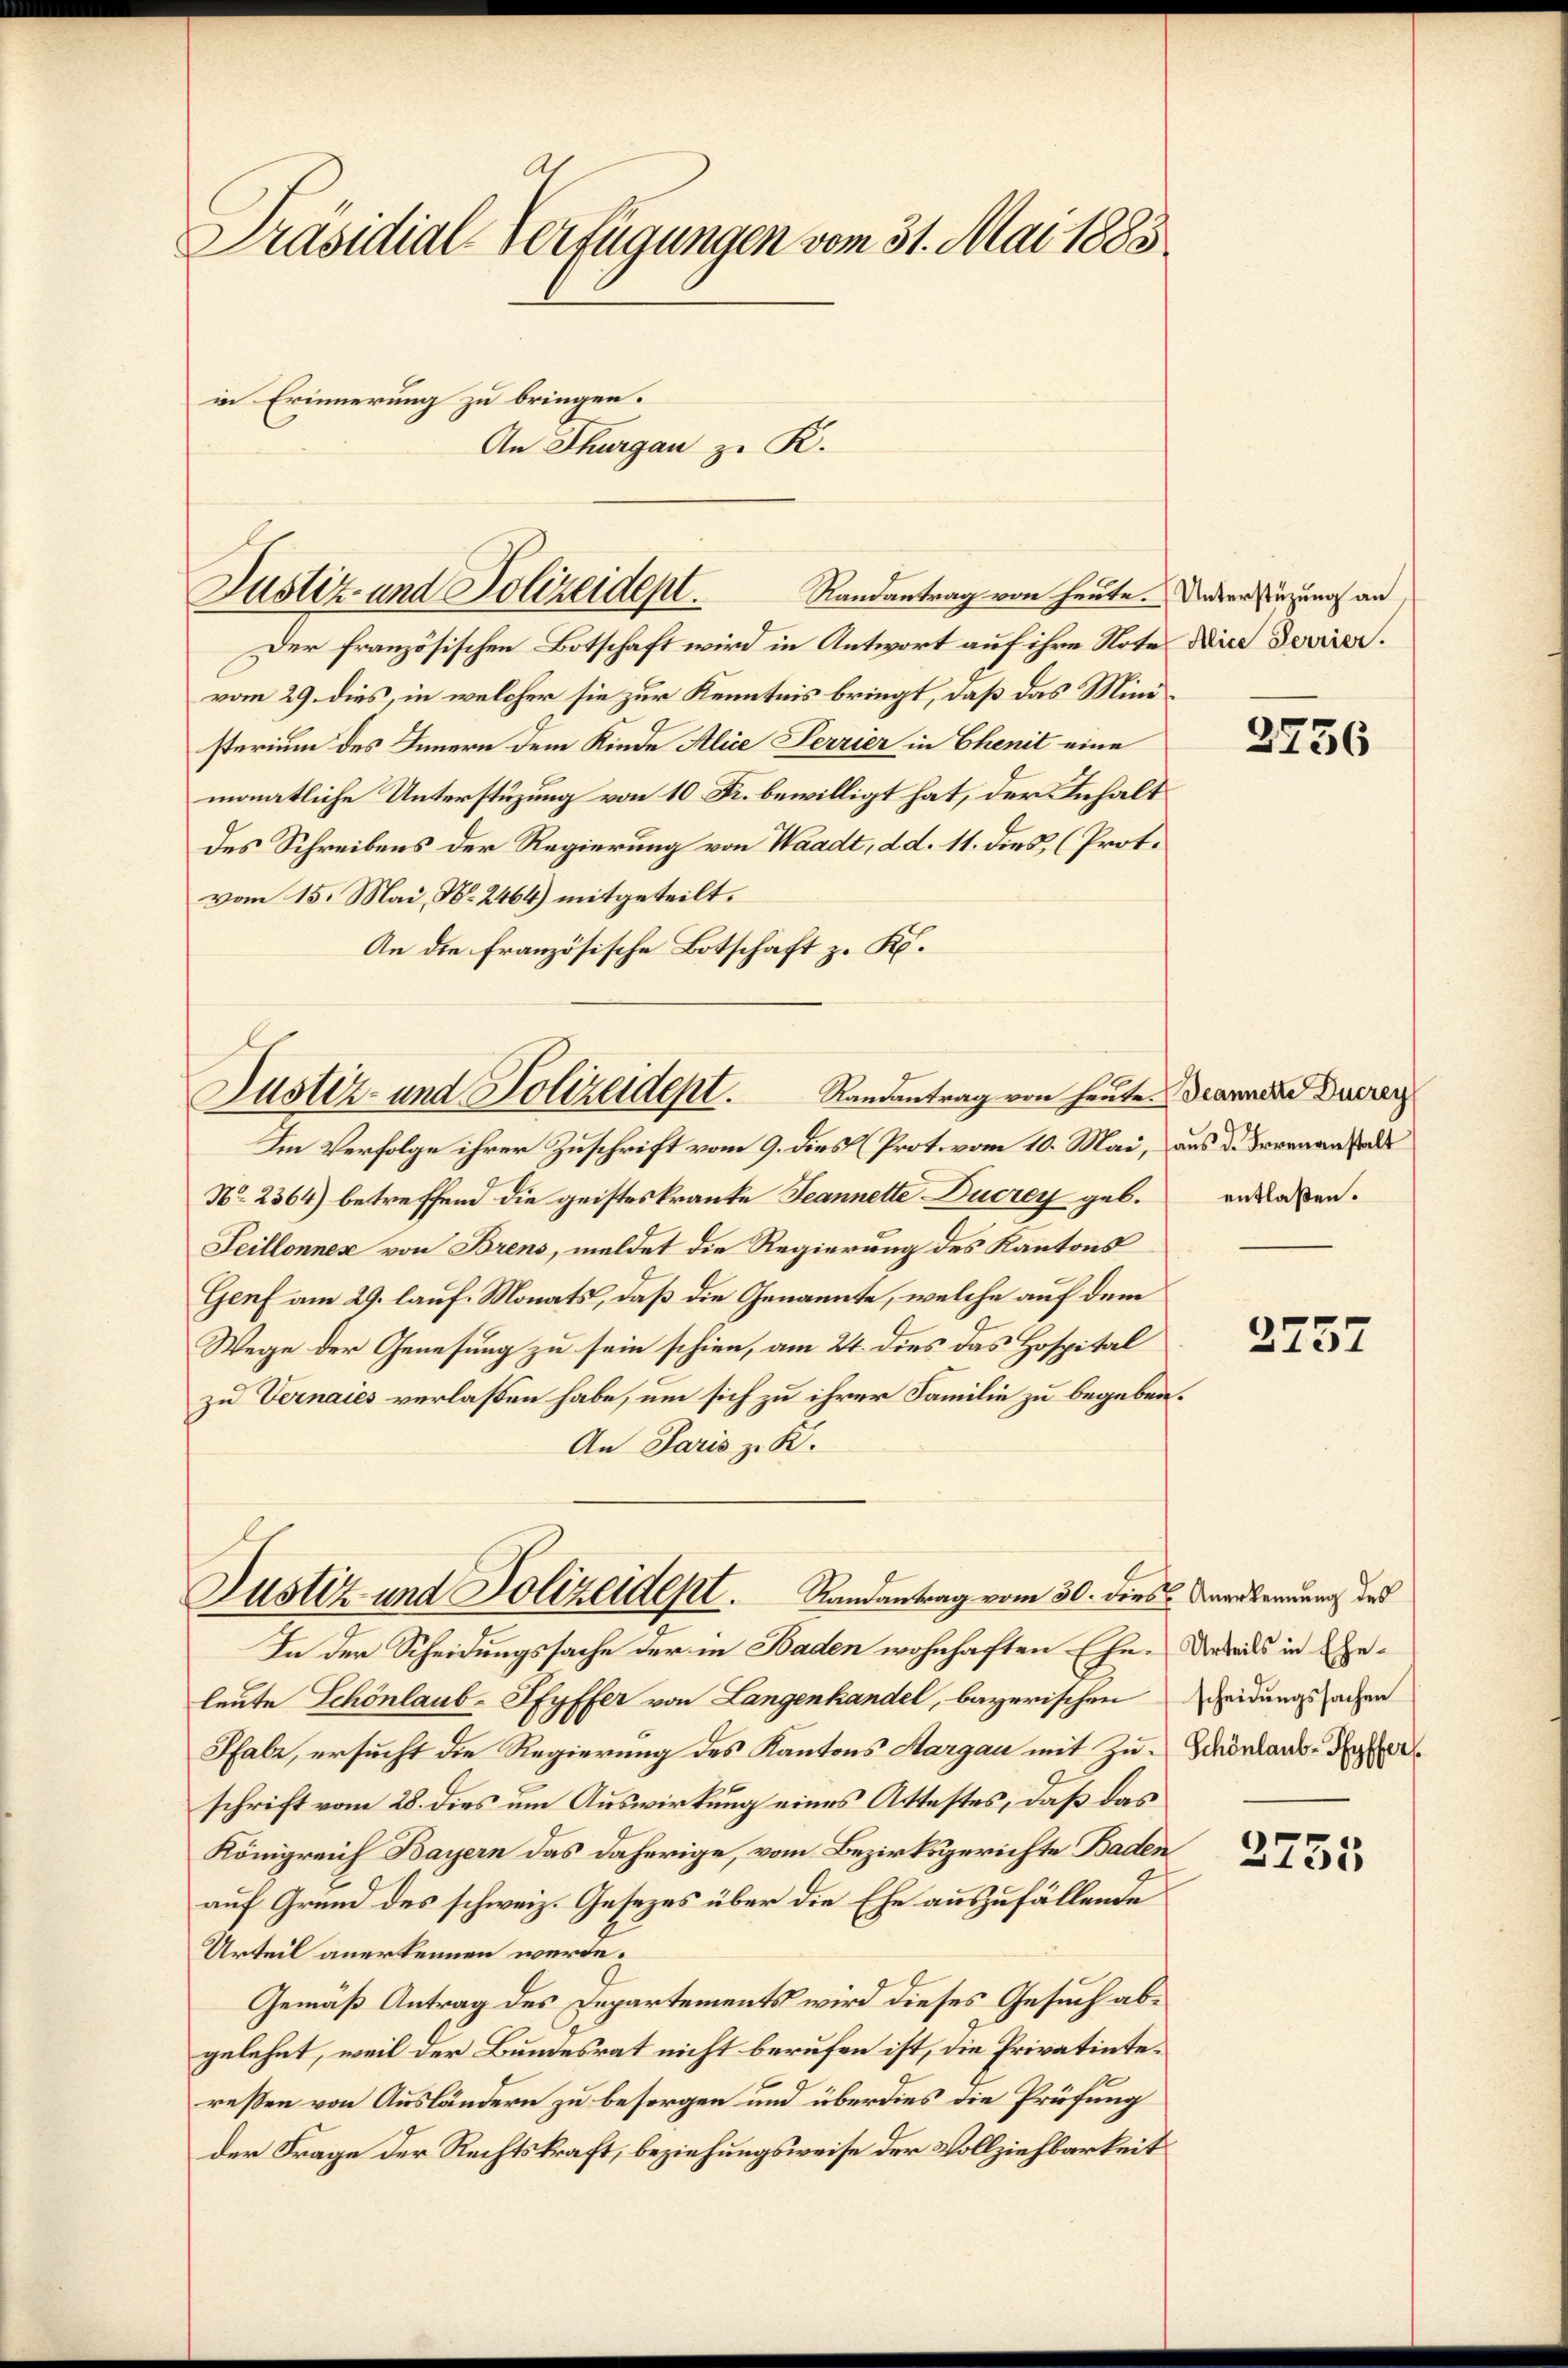
Al
Präsidial-Verfügungen vom 31. Mai 1883
in Erinnerung zu bringen.
An Thurgau zu R.

Justiz- und Polizeidept.

Randantrag von heute. Unterstüzung an
Der französischen Botschaft wird in Antwort auf ihre Note die Dovirer.
vom 29. dies, in welcher sie zur Kenntnis bringt, daß das Ministerium des Innern dem Kinde Alice Perrier in Chenit eine
monatliche Unterstüzung von 10 Fr. bewilligt hat, der Inhalt
des Schreibens der Regierung von Waadt, d. d. 11. dies, (Prot.
vom 15. Mai, No. 2464) mitgeteilt.
An die französische Botschaft z. K.

Justiz- und Polizeidept.

Justiz- und Polizeidept. Randantrag vom 30. dies Verkennung des
In der Scheidungssache der in Baden wohnhaften Ehe. Details in Ehe¬

Randantrag von heute. Jeannere Ducrey
Im Verfolge ihrer Zuschrift vom 9. dies (Prot. vom 10. Mai, aus d. Bernan
No 2364) betreffend die geisteskranke Jeannette Ducrey geb. ergaben.
Seillonnex von Brens, meldet die Regierung des Kantons
Genf am 29. lauf. Monats, daß die Genannte, welche auf dem
Wege der Genesung zu sein schien, am 24. dies das Hospital
zu Vernaies verlaßen habe, um sich zu ihrer Familie zu begeben.
An Paris z. K.
leute Schönlaub-Pfyffer von Langenhandel, bayerischen Scheidungssachen
Pfabr, ersucht die Regierung des Kantons Aargau mit Zu- Schönland-Ryferschrift vom 28. dies um Auswirkung eines Attestes, daß das
Königreich Bayern das daherige, vom Bezirksgerichte Baden
auf Grund des schweiz. Gesetzes über die Ehe auszufällende
Urteil anerkennen werde.
Gemäß Antrag des Departements wird dieses Gesuch abgelehnt, weil der Bundesrat nicht berufen ist, die Privatintereßen von Ausländern zu besorgen und überdies die Prüfung
der Frage der Rechtskraft, beziehungsweise der Vollziehbarkeit

2756

2757

2755